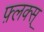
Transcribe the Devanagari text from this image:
फ़्लक्स्